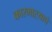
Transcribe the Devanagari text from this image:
कारभाऱ्याचे